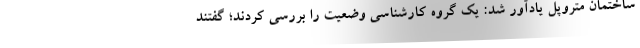
ساختمان متروپل یادآور شد: یک گروه کارشناسی وضعیت را بررسی کردند؛ گفتند